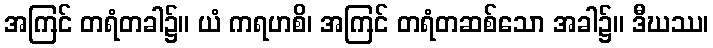
အကြင် တရံတခါ၌။ ယံ ကရဟစိ၊ အကြင် တရံတဆစ်သော အခါ၌။ ဒီဃဿ၊